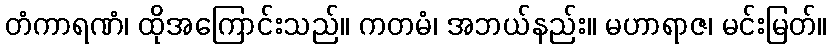
တံကာရဏံ၊ ထိုအကြောင်းသည်။ ကတမံ၊ အဘယ်နည်း။ မဟာရာဇ၊ မင်းမြတ်။